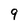
Character: q